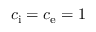
c _ { \mathrm { i } } = c _ { \mathrm { e } } = 1